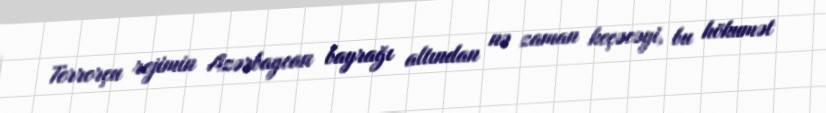
Terrorçu rejimin Azərbaycan bayrağı altından nə zaman keçəcəyi, bu hökumət